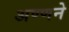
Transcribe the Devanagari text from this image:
अण्णने